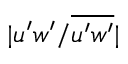
\vert u ^ { \prime } w ^ { \prime } / \overline { { u ^ { \prime } w ^ { \prime } } } \vert